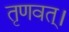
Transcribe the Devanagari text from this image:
तृणवत्।